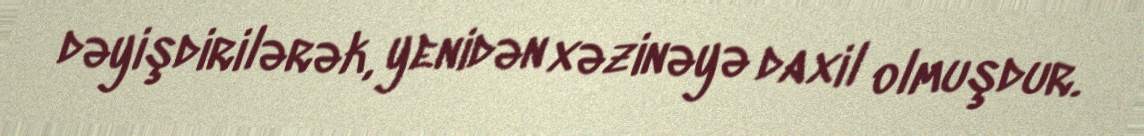
dəyişdirilərək, yenidən xəzinəyə daxil olmuşdur.